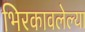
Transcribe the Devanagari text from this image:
भिरकावलेल्या